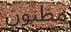
مظنون